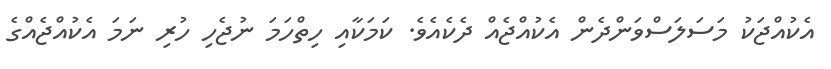
އެކުއްޖަކު މަސަލަސްވަންދެން އެކުއްޖެއް ދެކެއެވެ. ކަމަކާއި ހިތްހަމަ ނުޖެހި ހުރި ނަމަ އެކުއްޖެއްގެ